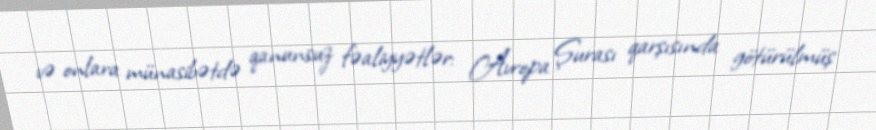
və onlara münasibətdə qanunsuz fəaliyyətlər: Avropa Şurası qarşısında götürülmüş